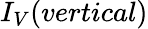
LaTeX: I_{V}(vertical)